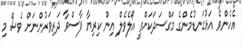
އެހެންވެ އަޅުގަނޑުމެންގެ މަގްސަދަކަށްވީ އޯލެވެލް އިން ކިރިޔާ ފާސްވާ ދަރިވަރުންނަށް ވެސް މި